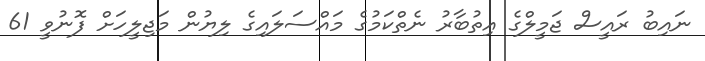
ނައިބު ރައީސް ޖަމީލްގެ އިތުބާރު ނެތްކަމުގެ މައްސަލައިގެ ލިޔުން މަޖިލީހަށް ފޮނުވީ 61